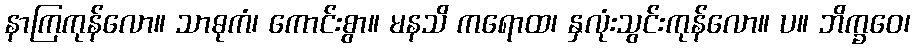
နာကြကုန်လော။ သာဓုကံ၊ ကောင်းစွာ။ မနသိ ကရောထ၊ နှလုံးသွင်းကုန်လော။ ပ။ ဘိက္ခဝေ၊